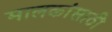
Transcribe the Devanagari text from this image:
मालकांसाठी